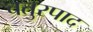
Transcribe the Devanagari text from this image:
चतुरपाद